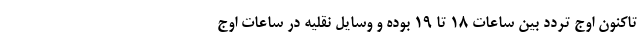
تاکنون اوج تردد بین ساعات ۱۸ تا ۱۹ بوده و وسایل نقلیه در ساعات اوج